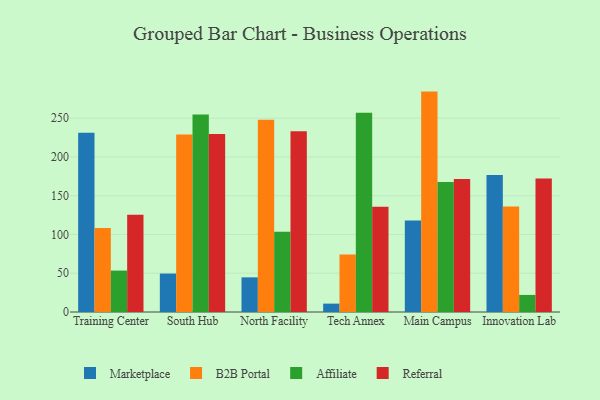
{"axis": {"x": "Campus", "y": "Market Share (%)"}, "legend": ["Affiliate", "B2B Portal", "Marketplace", "Referral"], "data": [{"x": "Training Center", "y": 231.1, "type": "Marketplace"}, {"x": "Training Center", "y": 108.5, "type": "B2B Portal"}, {"x": "Training Center", "y": 53.4, "type": "Affiliate"}, {"x": "Training Center", "y": 125.5, "type": "Referral"}, {"x": "South Hub", "y": 49.6, "type": "Marketplace"}, {"x": "South Hub", "y": 229.1, "type": "B2B Portal"}, {"x": "South Hub", "y": 254.7, "type": "Affiliate"}, {"x": "South Hub", "y": 229.5, "type": "Referral"}, {"x": "North Facility", "y": 44.7, "type": "Marketplace"}, {"x": "North Facility", "y": 248.0, "type": "B2B Portal"}, {"x": "North Facility", "y": 103.4, "type": "Affiliate"}, {"x": "North Facility", "y": 233.2, "type": "Referral"}, {"x": "Tech Annex", "y": 10.8, "type": "Marketplace"}, {"x": "Tech Annex", "y": 74.2, "type": "B2B Portal"}, {"x": "Tech Annex", "y": 257.0, "type": "Affiliate"}, {"x": "Tech Annex", "y": 135.8, "type": "Referral"}, {"x": "Main Campus", "y": 117.9, "type": "Marketplace"}, {"x": "Main Campus", "y": 284.3, "type": "B2B Portal"}, {"x": "Main Campus", "y": 167.7, "type": "Affiliate"}, {"x": "Main Campus", "y": 171.7, "type": "Referral"}, {"x": "Innovation Lab", "y": 176.6, "type": "Marketplace"}, {"x": "Innovation Lab", "y": 136.0, "type": "B2B Portal"}, {"x": "Innovation Lab", "y": 22.0, "type": "Affiliate"}, {"x": "Innovation Lab", "y": 172.1, "type": "Referral"}]}